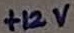
Text: +12V